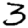
Digit: 3